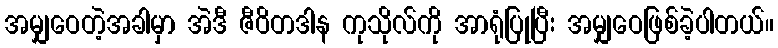
အမျှဝေတဲ့အခါမှာ အဲဒီ ဇီဝိတဒါန ကုသိုလ်ကို အာရုံပြုပြီး အမျှဝေဖြစ်ခဲ့ပါတယ်။